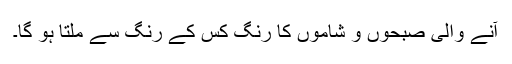
آنے والی صبحوں و شاموں کا رنگ کس کے رنگ سے ملتا ہو گا۔